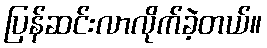
ပြန်ဆင်းလာလိုက်ခဲ့တယ်။